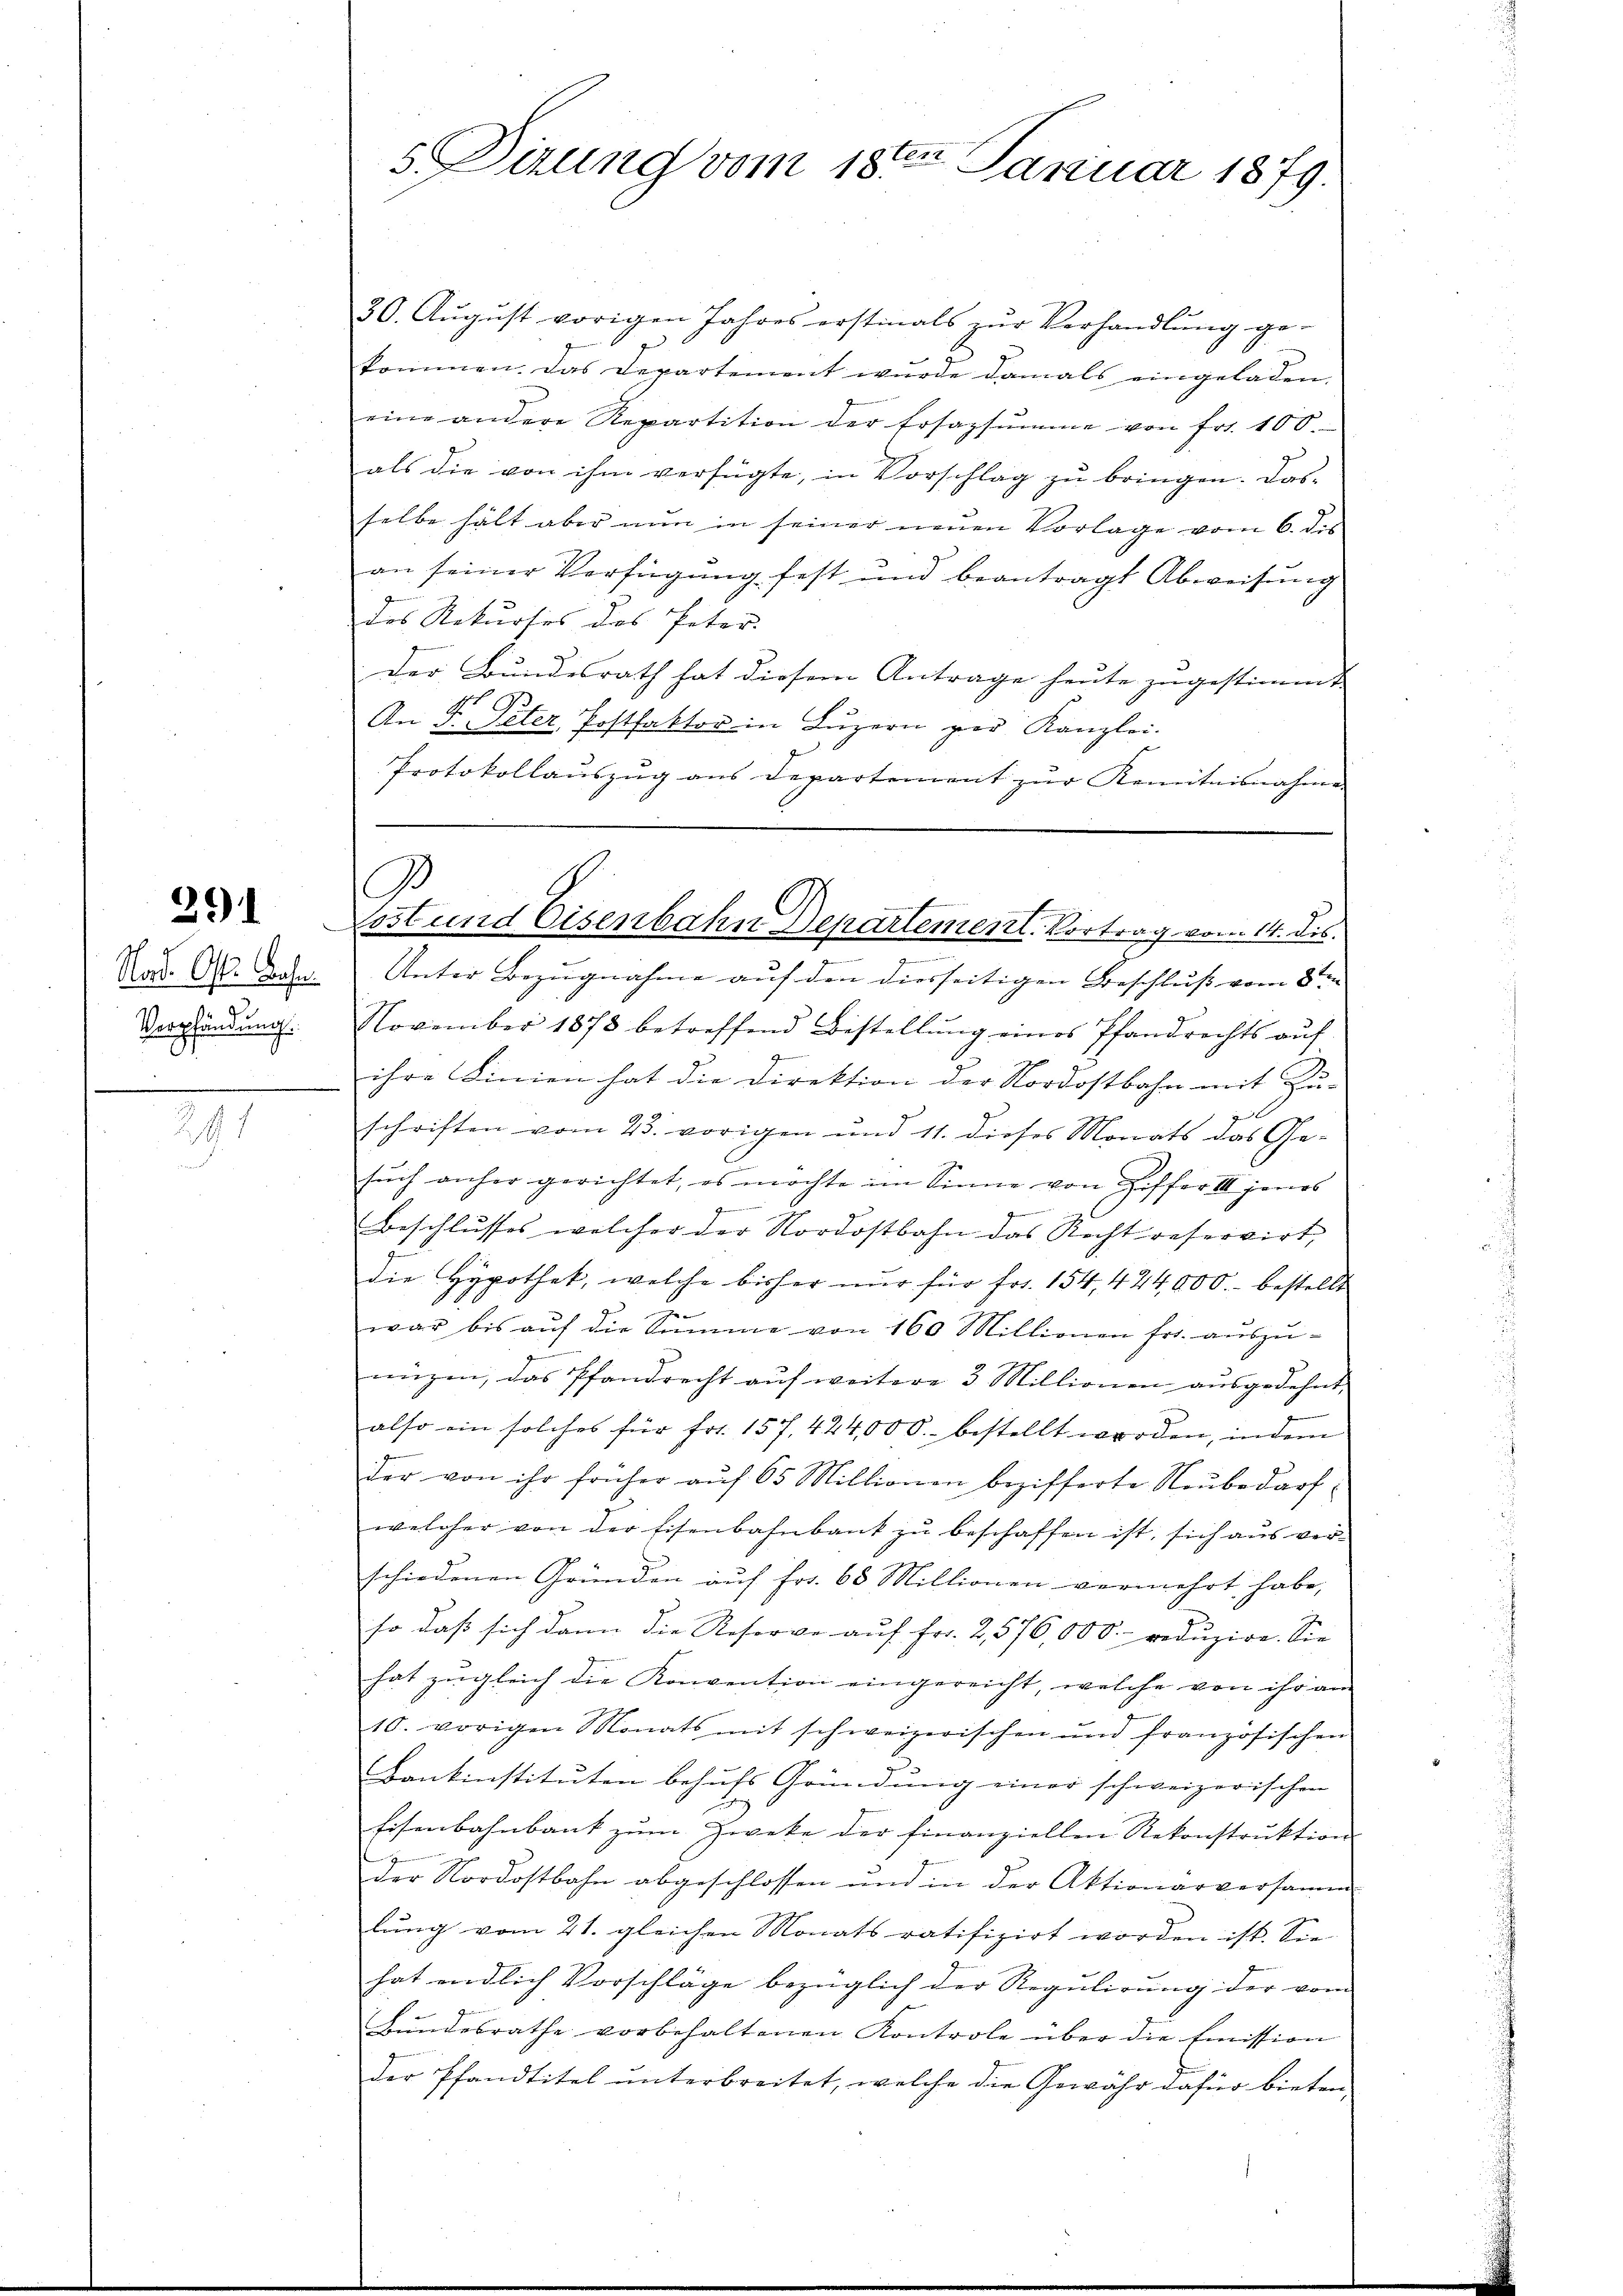
291

241

5 Firung vom 18ten Januar 1879.

3
ost und Eisenbahn Departement. Vortrag vom 14. dis.

20. Aŭgŭst vorigen Jahres erstinals zŭr Verhandlŭng ge-
kommen. Das Departement wurde damals eingeladen.
eine andere Repartition der Ersazsŭmme von fr. 100.
als die von ihm verfügte, in Vorschlag zŭ bringen. Das
selbe hält aber nun in seiner neuen Vorlage vom 6. des
an seiner Verfügung fest und beantragt Abweisung
des Rekurses des Peter |
Der Bundesrath hat diesem Antrage heute zugestimmt
An F. Peter, Postfaktor in Luzern par Kanzlei-
Protokollauszug aus Departement zur Kenntnisnahme
Nad. 10. Das Unter Bezugnahme auf den diesseitigen Beschluß vom 8ten
Verpfändung. November 1873 betreffend Bestellŭng eines Pfandrechts aŭf
g
ihre Linien hat die Direktion der Nordostbahn mit Zu-

schriften vom 25. vorigen und 11. dieses Monats das Gesŭch anher gerichtet, es möchte im Sinne von Ziffer III jenes
ze
Beschlusses welcher der Nordostbahn das Recht reservirt,
die Hypothek, welche bisher nur für fr. 154, 424,000.- bestellt
war bis aŭf die Summe von 160 Millionen fr. aŭszŭ-
g
nüzen, das Pfandrecht aŭf weitere 3 Millionen aŭsgedehnt
also ein solches für fr. 157, 424,000.- bestellt worden, indem
der von ihr früher aŭf 65 Millionen bezifferte Neŭbedarf
welcher von der Eisenbahnbank zu beschaffen ist, sich aus verschiedenen Gründen auf Fr. 65 Millionen vermehrt habe,
so daß sich dann die Resorge auf Fr. 2,576,000. reduzire. Sie
hat zugleich die Konvention eingereicht, welche von ihr am
10. vorigen Monats mit schweizerischen und französischen
Bankinstituten behufs Gründung einer schweizerischen
Eisenbahnbank zum Zwecke der finanziellen Rekonstruktion
der Nordostbahn abgeschlossen und in der Aktionärversamm
lŭng vom 21. gleichen Monats ratifizirt worden ist. Sie
hat endlich Vorschläge bezüglich der Regulirung der vom
Bŭndesrathe vorbehaltenen Kontrole über die Emission
der Pfandtitel ŭnterbreitet, welche die Gewähr dafür bieten

e